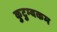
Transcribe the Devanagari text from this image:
कुटुम्‍बकम